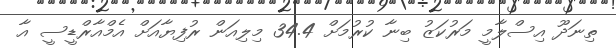
ތިނަދޫ އިސްލާމީ މަރުުކަޒު ބިނާ ކުރުމަށް 34.4 މިލިއަން ރުފިޔާއަށް އެމްއާރްޑީސީ އާ